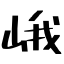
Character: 峨